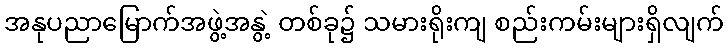
အနုပညာမြောက်အဖွဲ့အနွဲ့ တစ်ခု၌ သမားရိုးကျ စည်းကမ်းများရှိလျက်